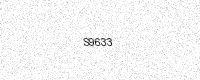
Text: S9633